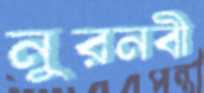
নুরনবী